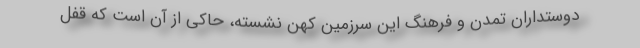
دوستداران تمدن و فرهنگ این سرزمین کهن نشسته، حاکی از آن است که قفل